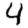
Digit: 4